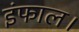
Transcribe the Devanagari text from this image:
इंफाल।